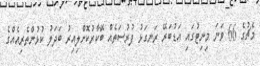
މެޗުގެ 66 ވަނަ މިނިޓުގައި އަޑުބަރޭ ރަނގަޅު ފުރުސަތެއް ބޭކާރުކޮށްލިއިރު ބަދަލު ކުޅުންތެރިއެއްގެ